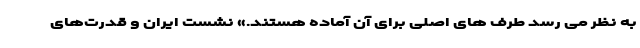
به نظر می رسد طرف های اصلی برای آن آماده هستند.» نشست ایران و قدرت‌های